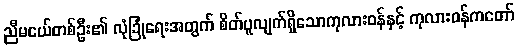
ညီမငယ်တစ်ဦး၏ လုံခြုံရေးအတွက် စိတ်ပူလျက်ရှိသောကုလားဝန်နှင့် ကုလားဝန်ကတော်